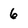
Character: 6